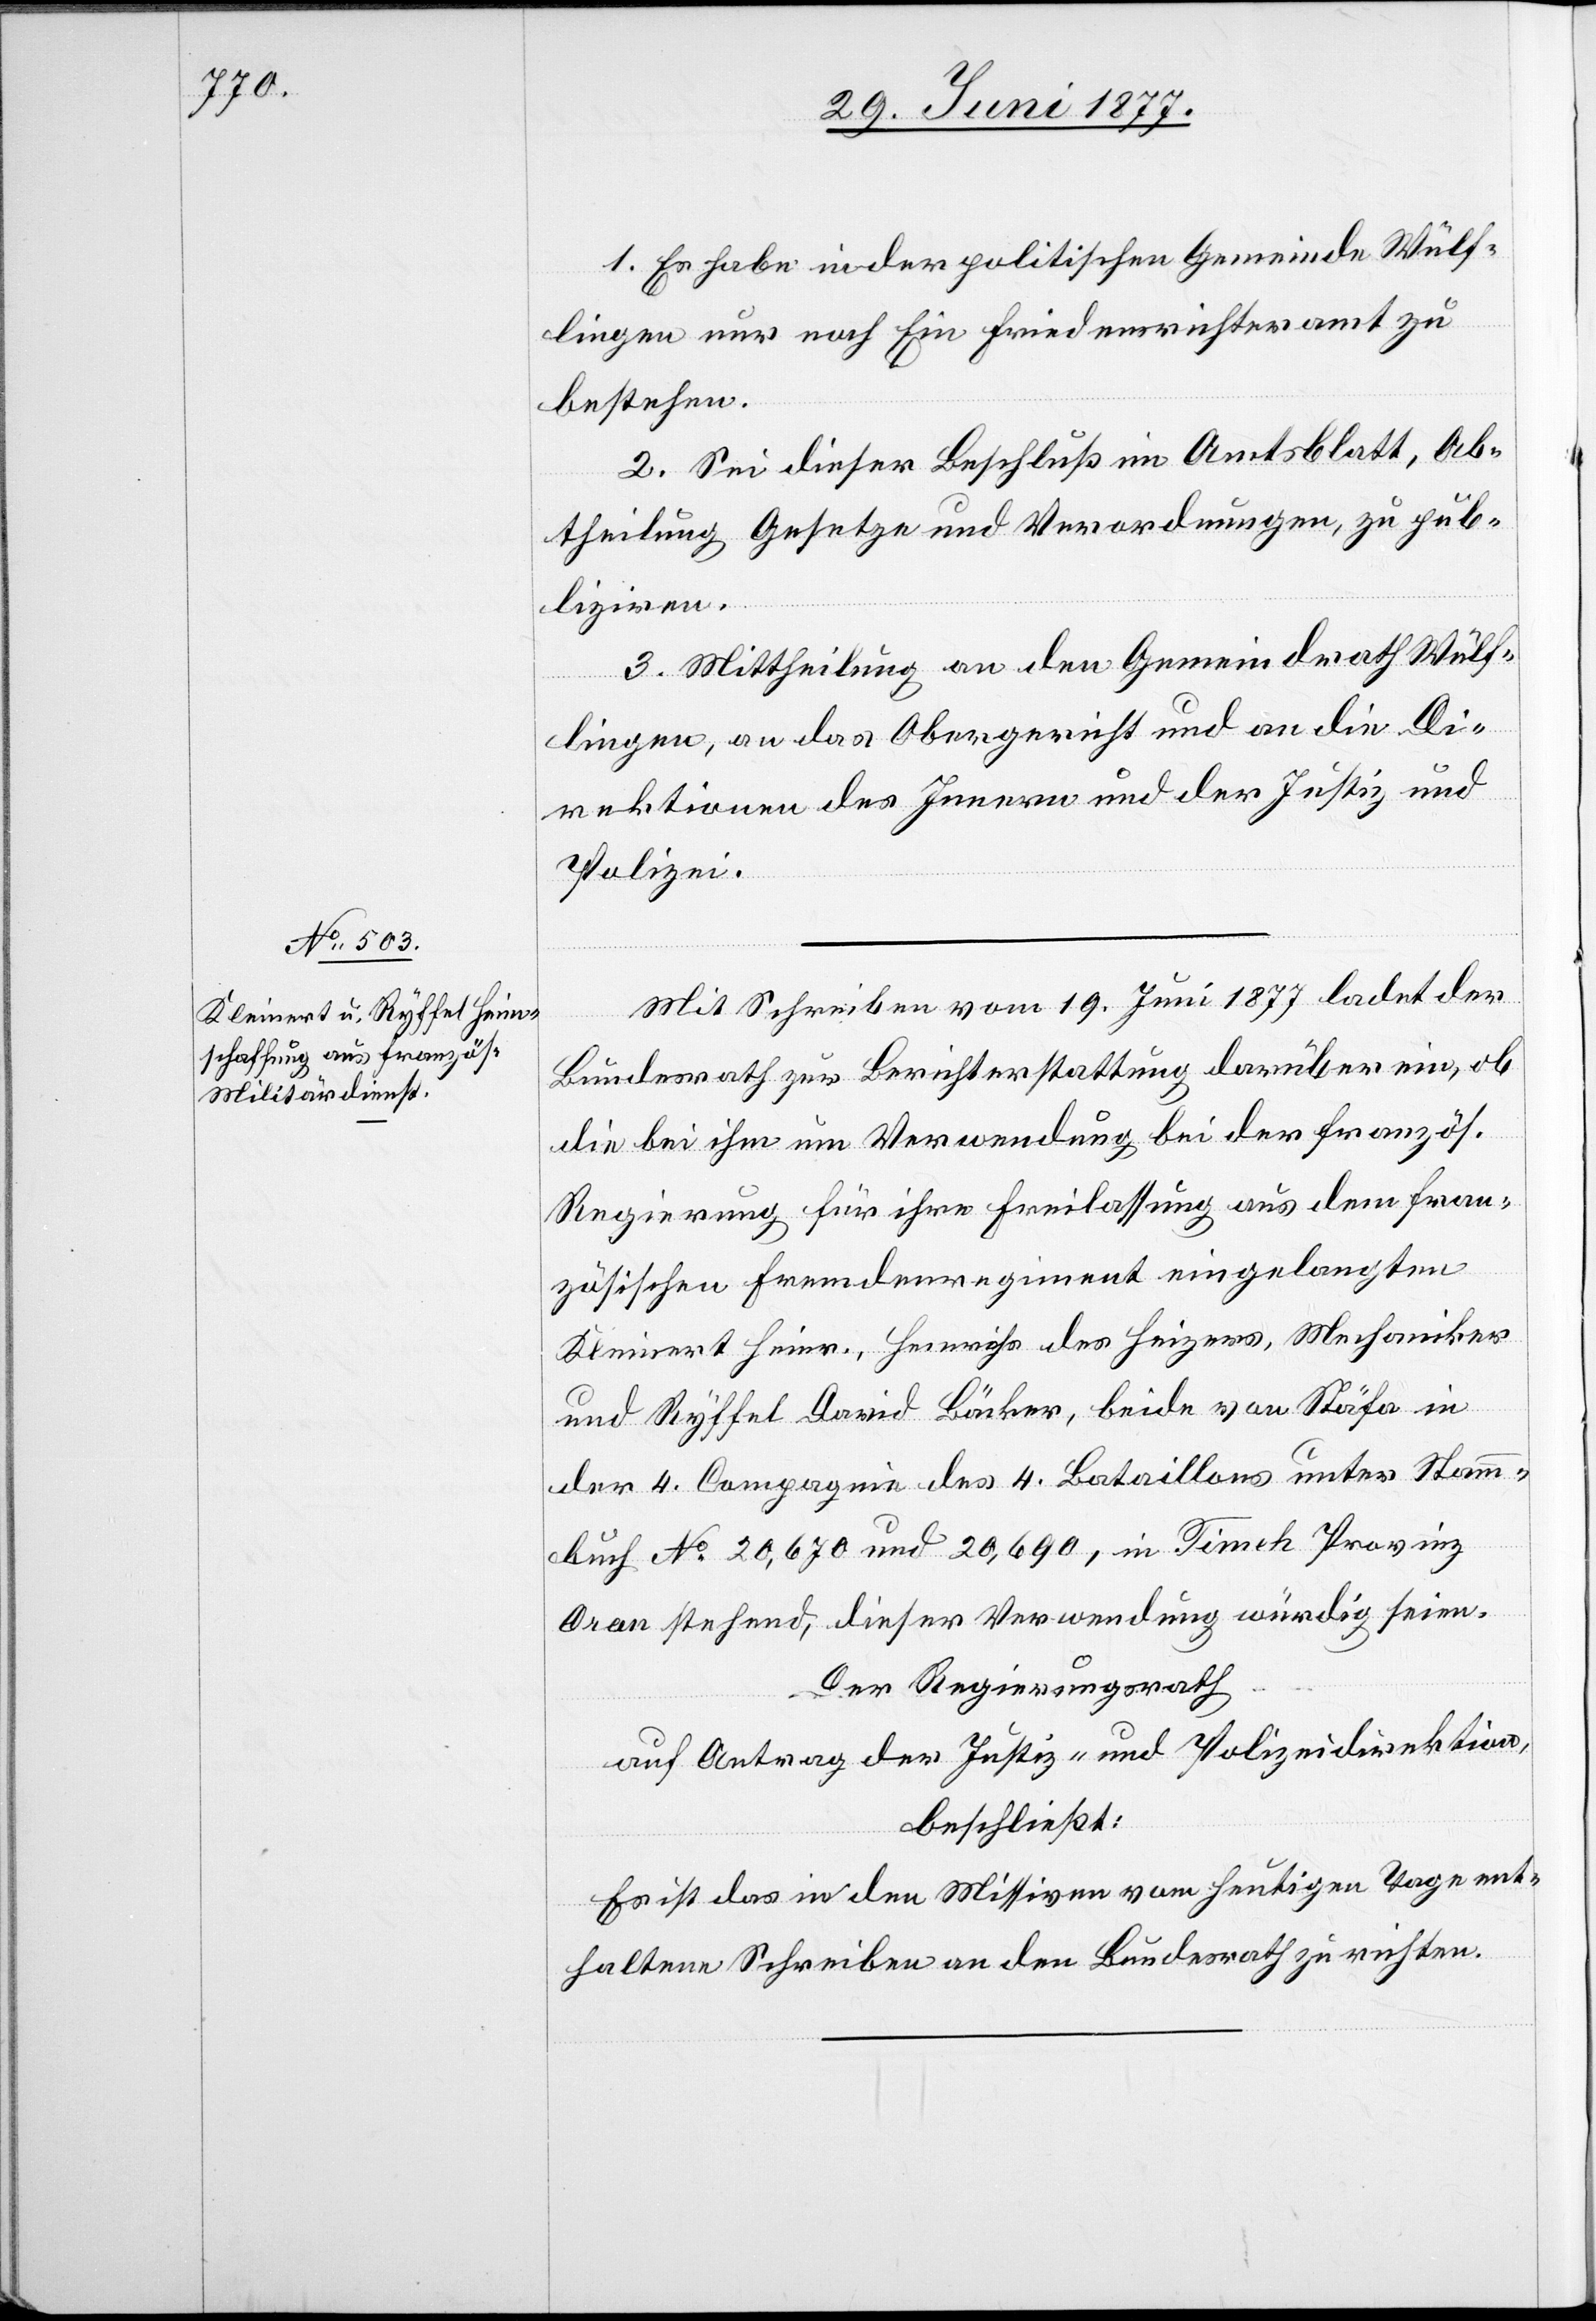
1. Es habe in der politischen Gemeinde Wülf¬
lingen nur noch Ein Friedensrichteramt zu
bestehen.
2. Sei dieser Beschluß im Amtsblatt, Ab¬
theilung Gesetze und Verordnungen, zu pub¬
liziren.
3. Mittheilung an den Gemeindrath Wülf¬
lingen, an das Obergericht und an die Di¬
rektionen des Innern und der Justiz und
Polizei.
Mechaniker
Mit Schreiben vom 19. Juni 1877 ladet der
Bundesrath zur Berichterstattung darüber ein, ob
die bei ihm um Verwendung bei der französ.
Regierung für ihre Freilassung aus dem fran¬
zösischen Fremdenregiment eingelangten
und Ryffel David Bäcker, beide von Stäfa in
der 4 Compagnie des 4 Bataillons unter Stamm¬
buch No 20,670 und 20,690, in Timek Provinz
[sic!] stehend, dieser Verwendung würdig seien.
Der Regierungsrath
auf Antrag der Justiz- und Polizeidirektion,
beschließt:
Es ist das in den Missiven vom heutigen Tage ent¬
haltene Schreiben an den Bundesrath zu richten.